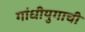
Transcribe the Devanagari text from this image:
गांधीयुगाची